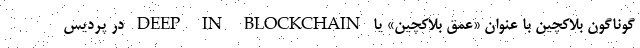
گوناگون بلاکچین با عنوان «عمق بلاکچین» یا DEEP IN BLOCKCHAIN در پردیس